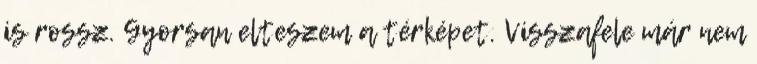
is rossz. Gyorsan elteszem a térképet. Visszafele már nem